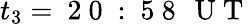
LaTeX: t_{3}=\mathrm{~2~0~:~5~8~\, ~U~T~}